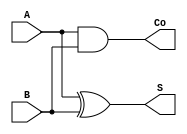
module no3(A, B, S, Co);
    input A, B;
    output reg S, Co;
    
    always@(*)
    begin
        S = A^B;
        Co = A&B;
    end
endmodule